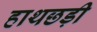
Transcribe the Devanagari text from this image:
हाथछड़ी